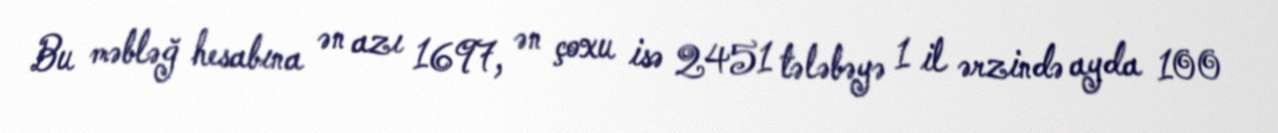
Bu məbləğ hesabına ən azı 1697, ən çoxu isə 2451 tələbəyə 1 il ərzində ayda 100